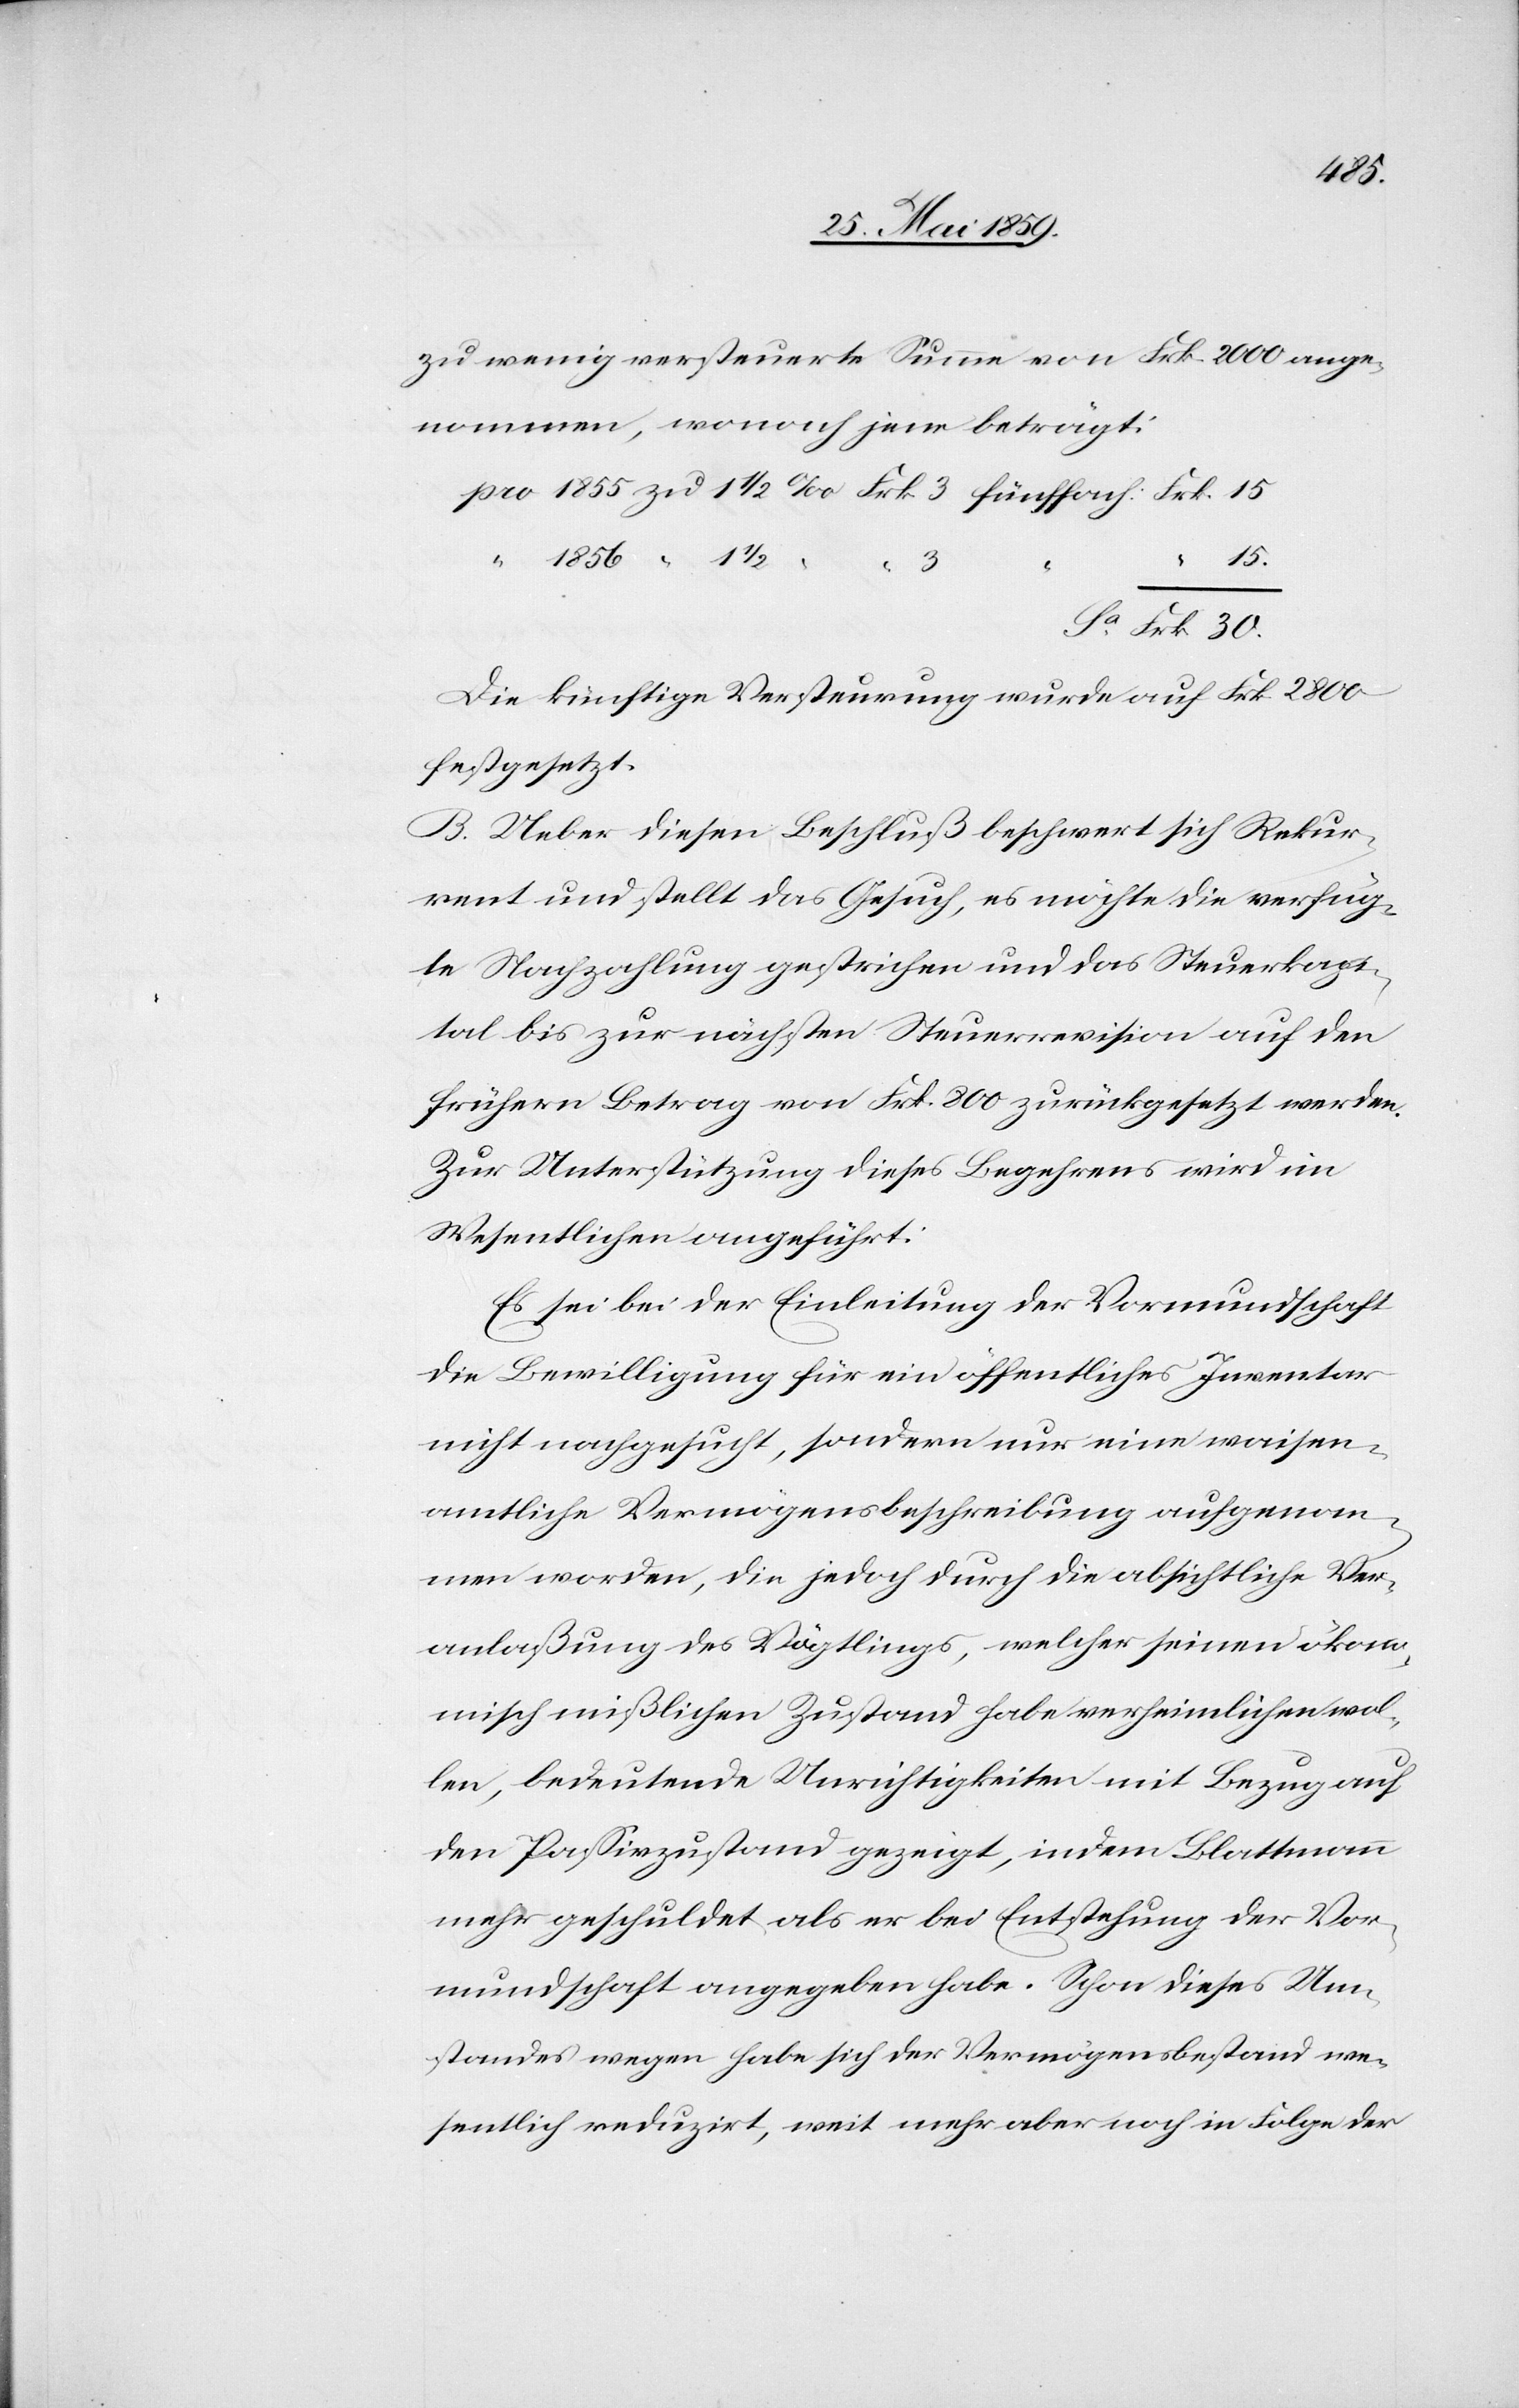
zu wenig versteuerte Summe von Frk. 2000 ange¬
nommen, wonach jene beträgt:
pro 1855 zu 1 ½ ‰ Frk 3 fünffach: Frk. 15
“ 1856 “ 1 ½
3 “ “ 15
Sa.Frk. 30.
Die künftige Versteurung wurde auf Frk. 2800
festgesetzt.
B. Ueber diesen Beschluß beschwert sich Rekur¬
rent und stellt das Gesuch, es möchte die verfüg¬
te Nachzahlung gestrichen und das Steuerkapi¬
tal bis zur nächsten Steuerrevision auf den
frühern Betrag von Frk. 800 zurückgesetzt werden.
Zur Unterstützung dieses Begehrens wird im
Wesentlichen angeführt:
Es sei bei der Einleitung der Vormundschaft
die Bewilligung für ein öffentliches Inventar
nicht nachgesucht, sondern nur eine waisen¬
amtliche Vermögensbeschreibung aufgenom¬
men worden, die jedoch durch die absichtliche Ver¬
anlaßung des Vögtlings, welcher seinen ökonom¬
isch mißlichen Zustand habe verheimlichen wol¬
len, bedeutende Unrichtigkeiten mit Bezug auf
den Passivzustand gezeigt, indem Blattmann
mehr geschuldet als er bei Entstehung der Vor¬
mundschaft angegeben habe. Schon dieses Um¬
standes wegen habe sich der Vermögensbestand we¬
sentlich reduzirt, weit mehr aber noch in Folge der